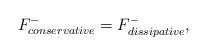
LaTeX: \begin{align*}F_{conservative}^-=F_{dissipative}^-,\end{align*}